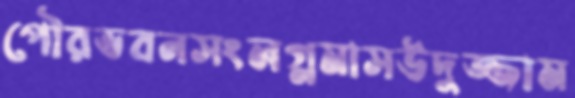
পৌরভবনসংলগ্নমাসউদুজ্জাম